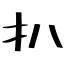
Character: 扒